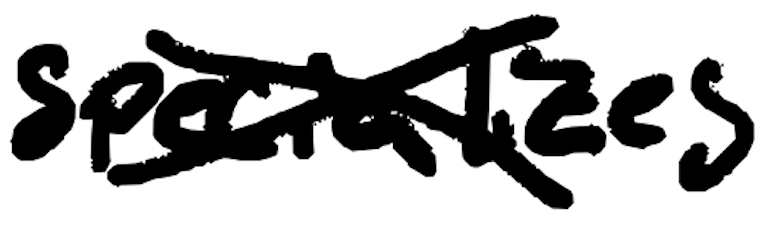
Text: specializes
Cross-out: cross
Writing tool: digital_black